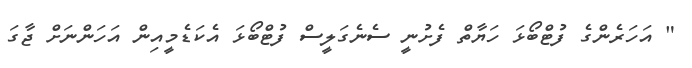
" އަހަރެންގެ ފުޓްބޯޅަ ހަޔާތް ފެށުނީ ސެނެގަލީސް ފުޓްބޯޅަ އެކަޑެމީއިން އަހަންނަށް ޖާގަ